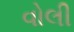
વોલી